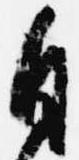
自